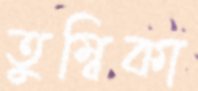
তুম্বিকা